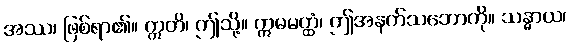
အဿ၊ ဖြစ်ရာ၏။ ဣတိ၊ ဤသို့။ ဣမမတ္ထံ၊ ဤအနက်သဘောကို။ သန္ဓာယ၊